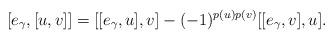
LaTeX: \begin{align*}[e_{\gamma},[u,v]]=[[e_{\gamma},u],v]-(-1)^{p(u)p(v)}[[e_{\gamma},v],u].\end{align*}